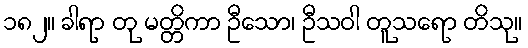
၁၈၂။ ခါရာ တု မတ္တိကာ ဦသော၊ ဦသဝါ တူသရော တိသု။